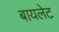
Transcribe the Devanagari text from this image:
बायलेट